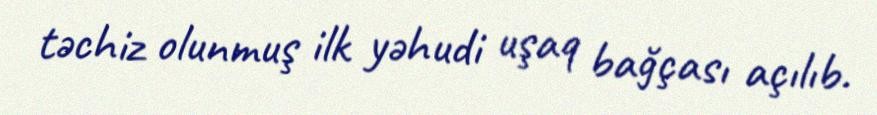
təchiz olunmuş ilk yəhudi uşaq bağçası açılıb.